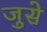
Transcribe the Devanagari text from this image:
जुसे